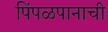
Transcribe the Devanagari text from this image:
पिंपळपानाची